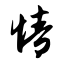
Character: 情